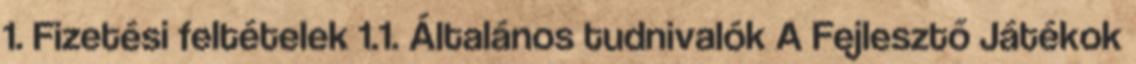
1. Fizetési feltételek 1.1. Általános tudnivalók A Fejlesztő Játékok